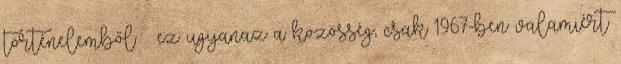
történelemből – ez ugyanaz a közösség, csak 1967-ben valamiért